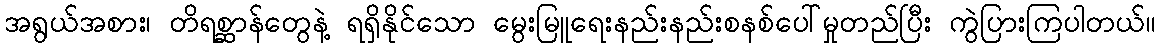
အရွယ်အစား၊ တိရစ္ဆာန်တွေနဲ့ ရရှိနိုင်သော မွေးမြူရေးနည်းနည်းစနစ်ပေါ်မှုတည်ပြီး ကွဲပြားကြပါတယ်။